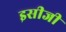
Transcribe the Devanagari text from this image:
इसीजी